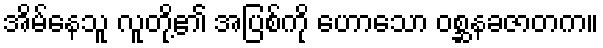
အိမ်နေသူ လူတို့၏ အပြစ်ကို ဟောသော ဝစ္ဆနခဇာတက။